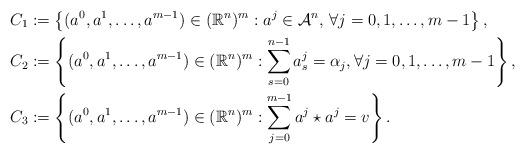
LaTeX: \begin{align*} C_1 &:= \left\{(a^0,a^1,\dots,a^{m-1})\in (\mathbb{R}^n)^m: a^j\in\mathcal{A}^n,\,\forall j=0,1,\dots,m-1\right\}, \\ C_2 &:= \left\{(a^0,a^1,\dots,a^{m-1})\in (\mathbb{R}^n)^m :\sum_{s=0}^{n-1}a_s^j=\alpha_j,\forall j=0,1,\dots,m-1\right\}, \\ C_3 &:= \left\{(a^0,a^1,\dots,a^{m-1})\in (\mathbb{R}^n)^m:\sum_{j=0}^{m-1}a^j\star a^j=v\right\}. \end{align*}